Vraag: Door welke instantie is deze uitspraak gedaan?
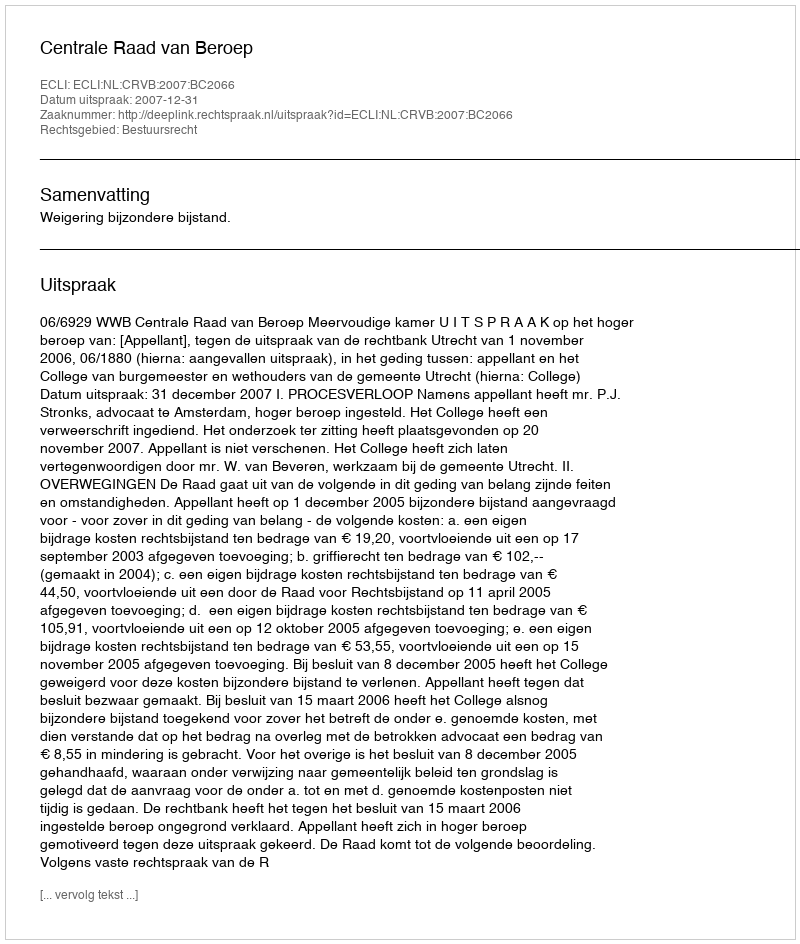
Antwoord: Centrale Raad van Beroep